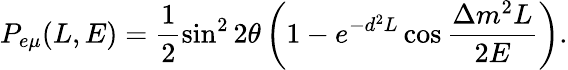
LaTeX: P_{e\mu}(L,E)=\frac{1}{2}\sin^{2}2\theta\left(1-e^{-d^{2}L}\cos\frac{\Delta m^{2}L}{2E}\right).